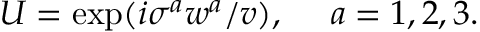
U = \exp ( i \sigma ^ { a } w ^ { a } / v ) , \ \ \ \ a = 1 , 2 , 3 .